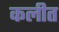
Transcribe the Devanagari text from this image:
कलीत